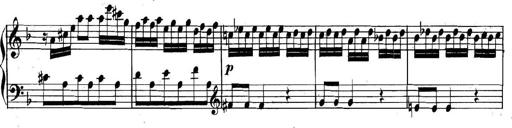
Title: Collected Piano Sonatas
Composer: Muzio Clementi